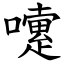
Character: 嚔